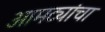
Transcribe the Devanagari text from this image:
आमट्यांचा